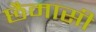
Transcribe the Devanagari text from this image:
छैमासी